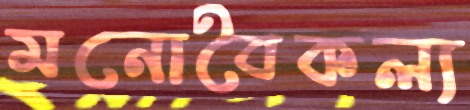
মনোবৈকল্য